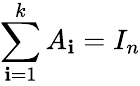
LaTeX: \sum_{\mathbf{i}=1}^{k}A_{\mathbf{i}}=I_{n}